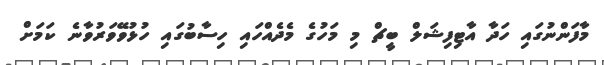
މާފަންނުގައި ހަދާ އާޓިފިޝަލް ބީޗް މި މަހުގެ މެދެއްހައި ހިސާބުގައި ހުޅުވޭވަރުވާނެ ކަމަށް